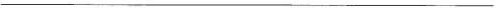
___